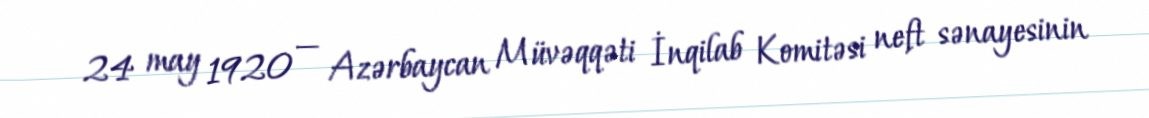
24 may 1920 — Azərbaycan Müvəqqəti İnqilab Komitəsi neft sənayesinin